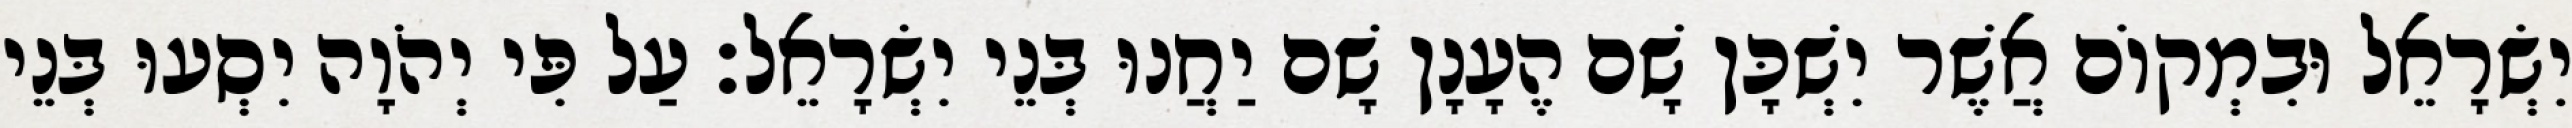
יִשְׂרָאֵל וּבִמְקוֹם אֲשֶׁר יִשְׁכָּן שָׁם הֶעָנָן שָׁם יַחֲנוּ בְּנֵי יִשְׂרָאֵל׃ עַל פִּי יְהֹוָה יִסְעוּ בְּנֵי